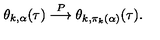
\theta _ { k , \alpha } ( \tau ) \stackrel { P } { \longrightarrow } \theta _ { k , \pi _ { k } ( \alpha ) } ( \tau ) .